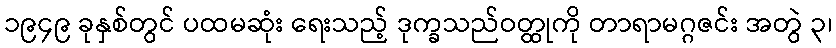
၁၉၄၉ ခုနှစ်တွင် ပထမဆုံး ရေးသည့် ဒုက္ခသည်ဝတ္ထုကို တာရာမဂ္ဂဇင်း အတွဲ ၃၊